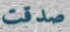
صدقت